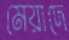
মেয়াদে